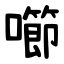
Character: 㘉